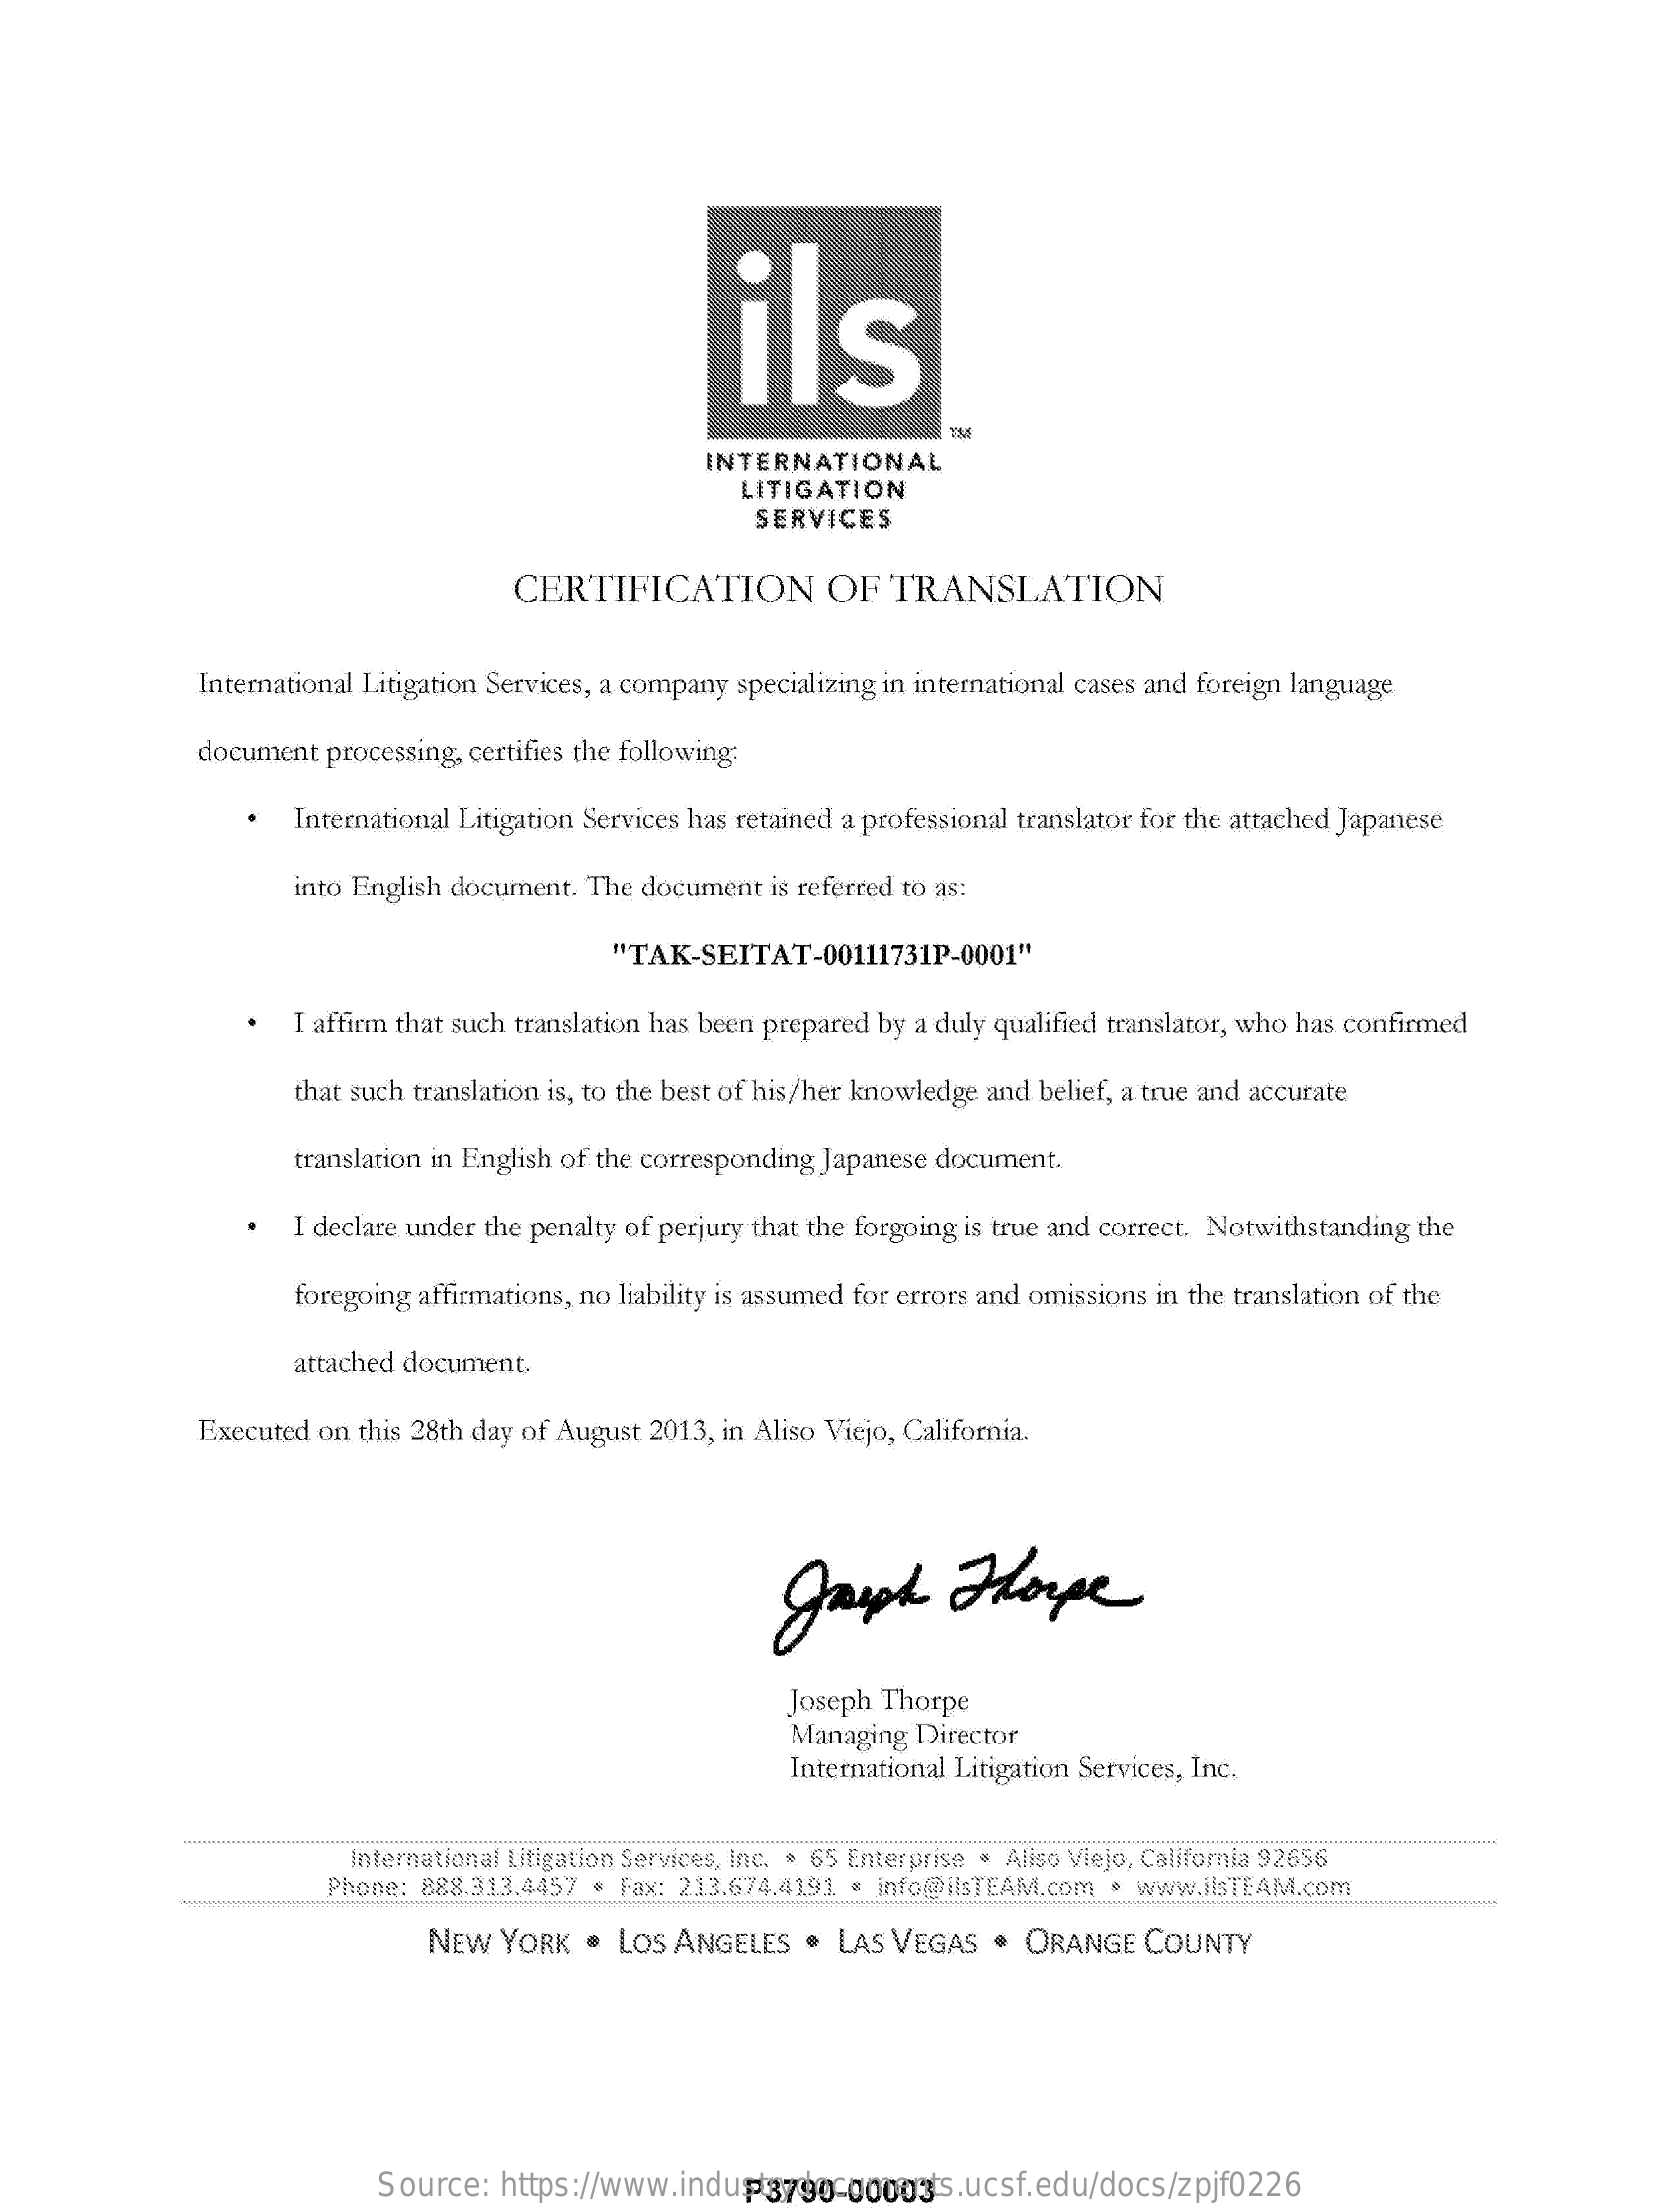
ils
     INTERNATIONAL
     LITIGATION
     SERVICES
     CERTIFICATION    OF   TRANSLATION
     International Litigation Services, a company specializing in international cases and foreign language
     document processing, certifies the following:
     International Litigation Services has retained a professional translator for the attached Japanese
     into English document. The document is referred to as:
     "TAK-SEITAT-00111731P-0001"
     I affirm that such translation has been prepared by a duly qualified translator, who has confirmed
     that such translation is, to the best of his/her knowledge and belief, a true and accurate
     translation in English of the corresponding Japanese document.
     I declare under the penalty of perjury that the forgoing is true and correct. Notwithstanding the
     foregoing affirmations, no liability is assumed for errors and omissions in the translation of the
     attached document.
     Executed on this 28th day of August 2013, in Aliso Viejo, California.
     Joeph    Thorpe
     Joseph Thorpe
     Managing  Director
     International Litigation Services, Inc.
     International Litigation Services, inc. » 65 Enterprise . Aliso Viejo, California 92656
     Phone: 888.313.4457 * Fax: 213.674.4193 = Info@ilsTEAM.com * www.JisTEAM.com
     NEW  YORK   . LOS ANGELES   .  LAS VEGAS  .  ORANGE   COUNTY
     Source:  https://www.industrydocuments.ucsf.edu/docs/zpjf0226 P3790-00003